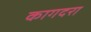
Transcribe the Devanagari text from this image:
कागदरा